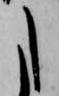
た